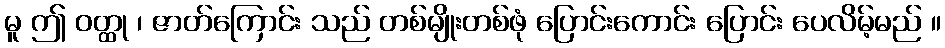
မူ ဤ ဝတ္ထု ၊ ဇာတ်ကြောင်း သည် တစ်မျိုးတစ်ဖုံ ပြောင်းကောင်း ပြောင်း ပေလိမ့်မည် ။